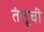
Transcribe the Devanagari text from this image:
तंतूंची